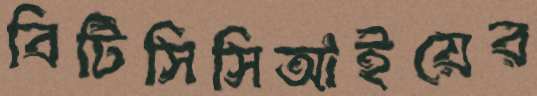
বিটিসিসিআইয়ের